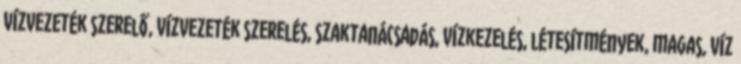
vízvezeték szerelő, vízvezeték szerelés, szaktanácsadás, vízkezelés, létesítmények, magas, víz